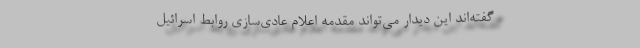
گفته‌اند این دیدار می‌تواند مقدمه اعلام عادی‌سازی روابط اسرائیل -